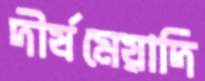
দীর্ষমেয়াদি